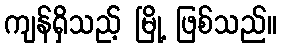
ကျန်ရှိသည့် မြို့ ဖြစ်သည်။